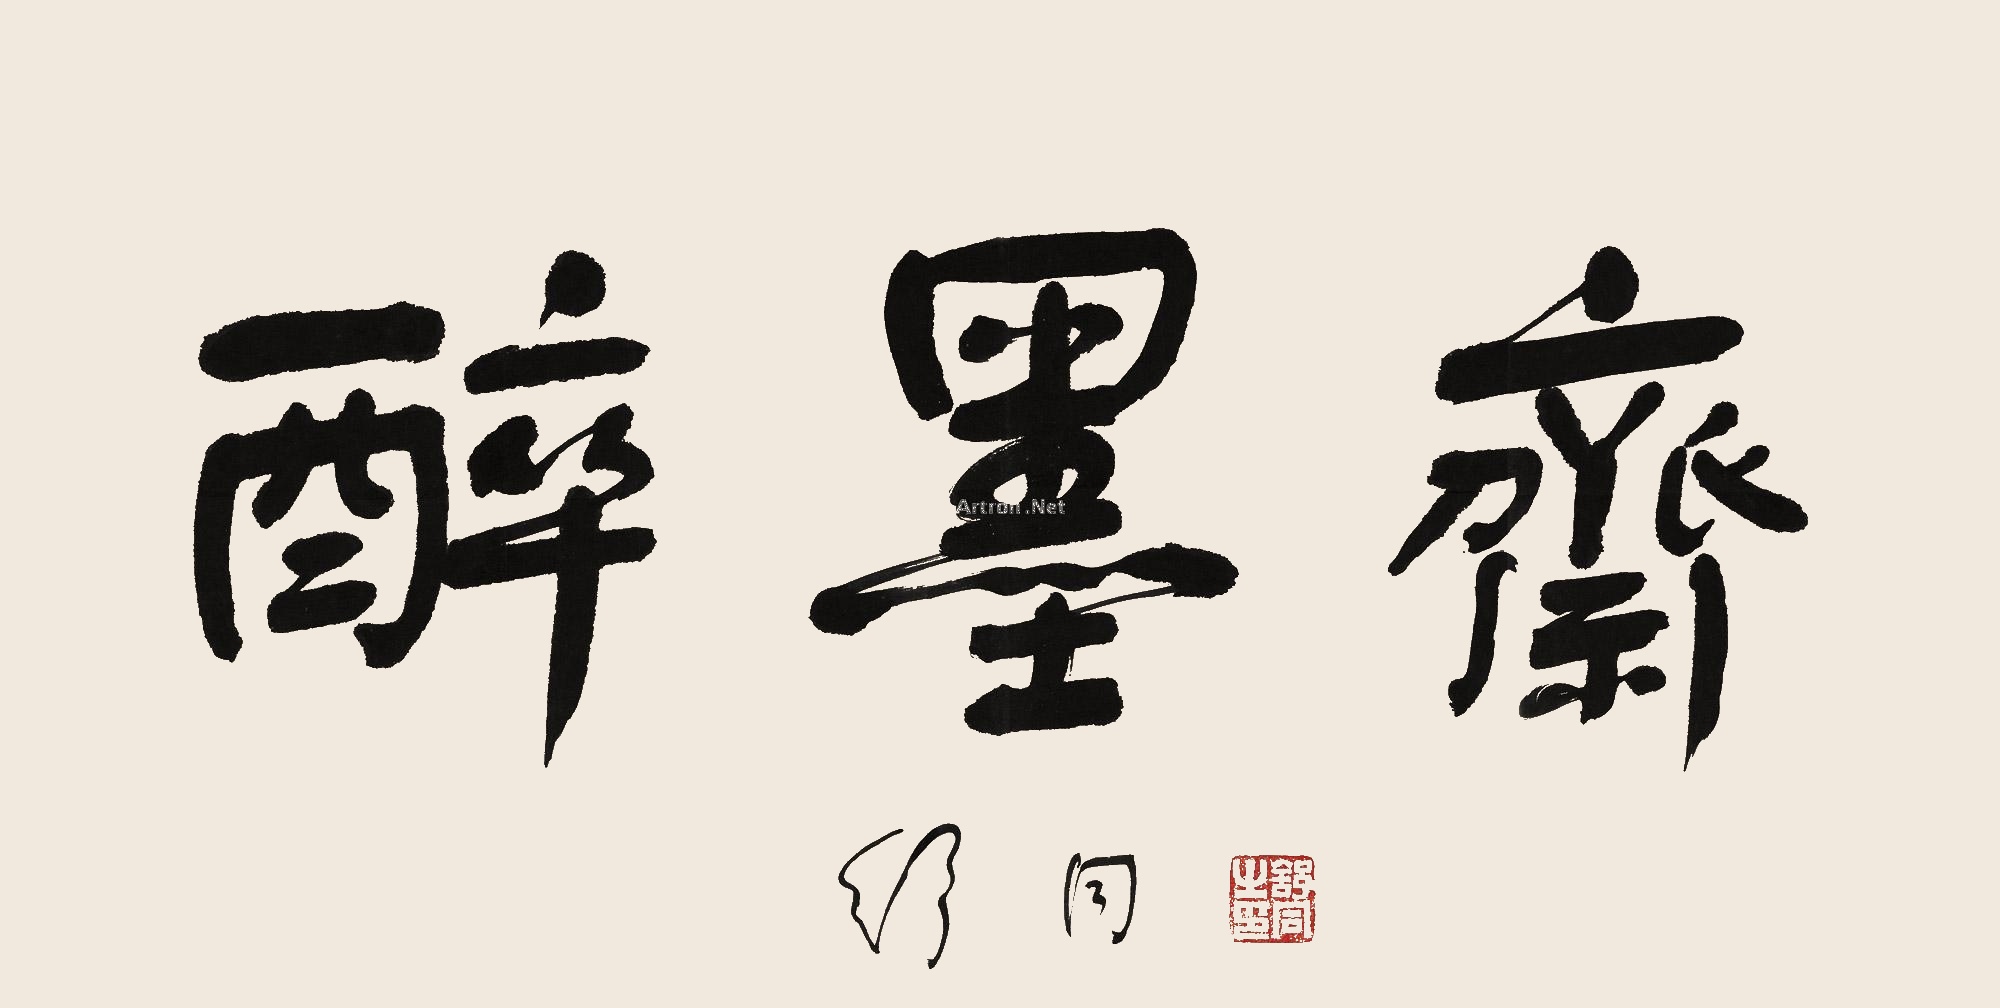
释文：醉墨斋舒同。